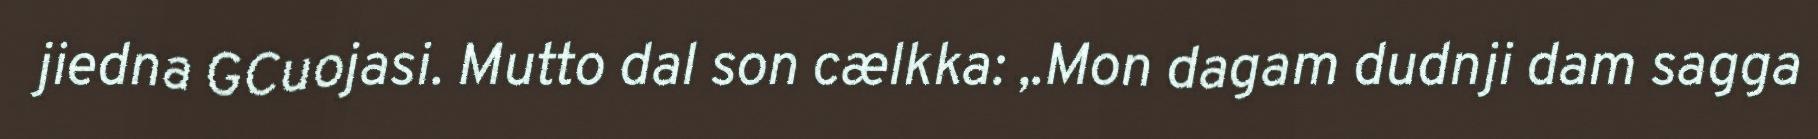
jiedna GCuojasi. Mutto dal son cælkka: ,.Mon dagam dudnji dam sagga